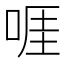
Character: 啀